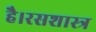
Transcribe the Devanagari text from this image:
है।रसशास्त्र